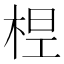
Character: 𣒋